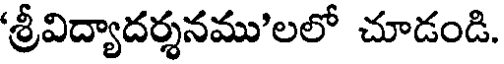
'శ్రీవిద్యాదర్శనము'లలో చూడండి.